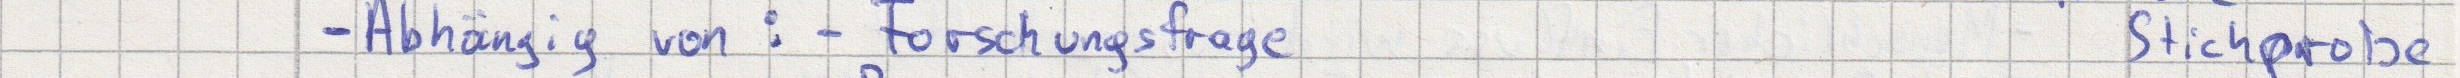
- Abhängig von: - Forschungsfrage    Stichprobe